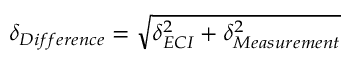
\delta _ { D i f f e r e n c e } = \sqrt { \delta _ { E C I } ^ { 2 } + \delta _ { M e a s u r e m e n t } ^ { 2 } }